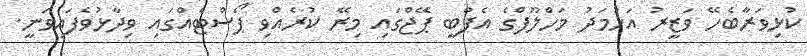
ކުޅިވަރާބެހޭ ވަޒީރު އަހުމަދު މަހްލޫފްގެ އެފްބީ ޕޭޖްގައި މިރޭ ކުރެއްވި ޕޯސްޓެއްގައި ވިދާޅުވެފައިވަނީ.